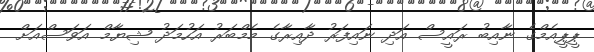
ޕީޕީއެމްގެ ނާއިބު ރައީސް އަދި ނައިފަރު ދާއިރާގެ މެމްބަރު އަހުމަދު ޝިޔާމް އަވަސްއަށް